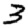
Digit: 3